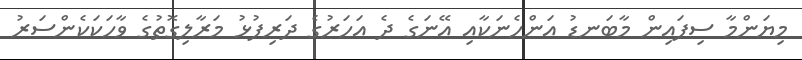
މިޔަންމާ ސިފައިން މާބަނޑު އަންހެނަކާއި އޭނަގެ ދެ އަހަރުގެ ދަރިފުޅު މަރާލިގޮތުގެ ވާހަކަކެންސަރު